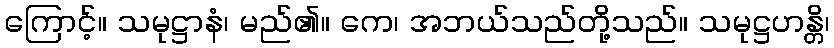
ကြောင့်။ သမုဋ္ဌာနံ၊ မည်၏။ ကေ၊ အဘယ်သည်တို့သည်။ သမုဋ္ဌဟန္တိ၊